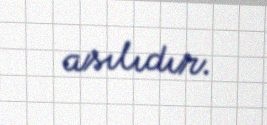
asılıdır.